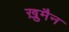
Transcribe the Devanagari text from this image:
ख़ुमैन